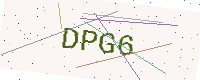
Text: DPG6